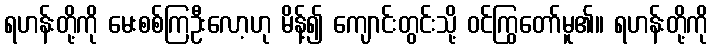
ရဟန်းတို့ကို မေးစစ်ကြဦးလော့ဟု မိန့်၍ ကျောင်းတွင်းသို့ ဝင်ကြွတော်မူ၏။ ရဟန်းတို့ကို